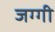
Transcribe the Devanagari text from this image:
जग्‍गी